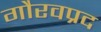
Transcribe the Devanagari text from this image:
गौरवप्रद